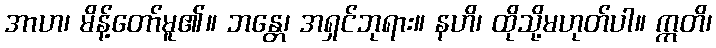
အာဟ၊ မိန့်တော်မူ၏။ ဘန္တေ၊ အရှင်ဘုရား။ နဟိ၊ ထိုသို့မဟုတ်ပါ။ ဣတိ၊